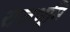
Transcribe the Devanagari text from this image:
राजभूमि